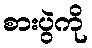
စားပွဲကို